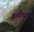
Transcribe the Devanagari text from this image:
बळीच्या